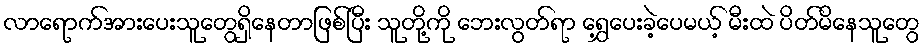
လာရောက်အားပေးသူတွေရှိနေတာဖြစ်ပြီး သူတို့ကို ဘေးလွတ်ရာ ရွှေ့ပေးခဲ့ပေမယ့် မီးထဲ ပိတ်မိနေသူတွေ